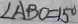
\angle A B O = 1 5 ^ { \circ }